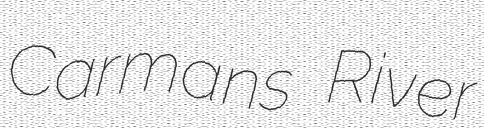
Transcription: Carmans River